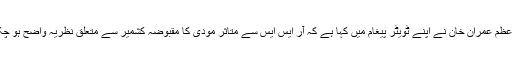
وزیراعظم عمران خان نے اپنے ٹویٹر پیغام میں کہا ہے کہ آر ایس ایس سے متاثر مودی کا مقبوضہ کشمیر سے متعلق نظریہ واضح ہو چکا ہے۔